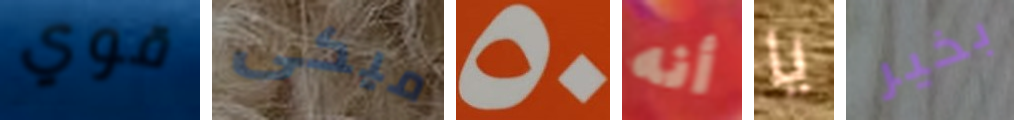
قوي ميكى 50 أنه يا بخير